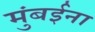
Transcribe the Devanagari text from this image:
मुंबईना